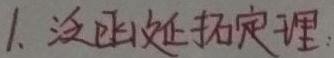
1. 泛函延拓定理